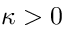
\kappa > 0